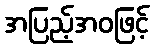
အပြည့်အဝဖြင့်